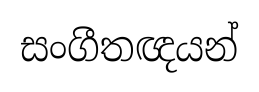
සංගීතඥයන්